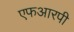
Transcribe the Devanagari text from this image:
एफआरपी